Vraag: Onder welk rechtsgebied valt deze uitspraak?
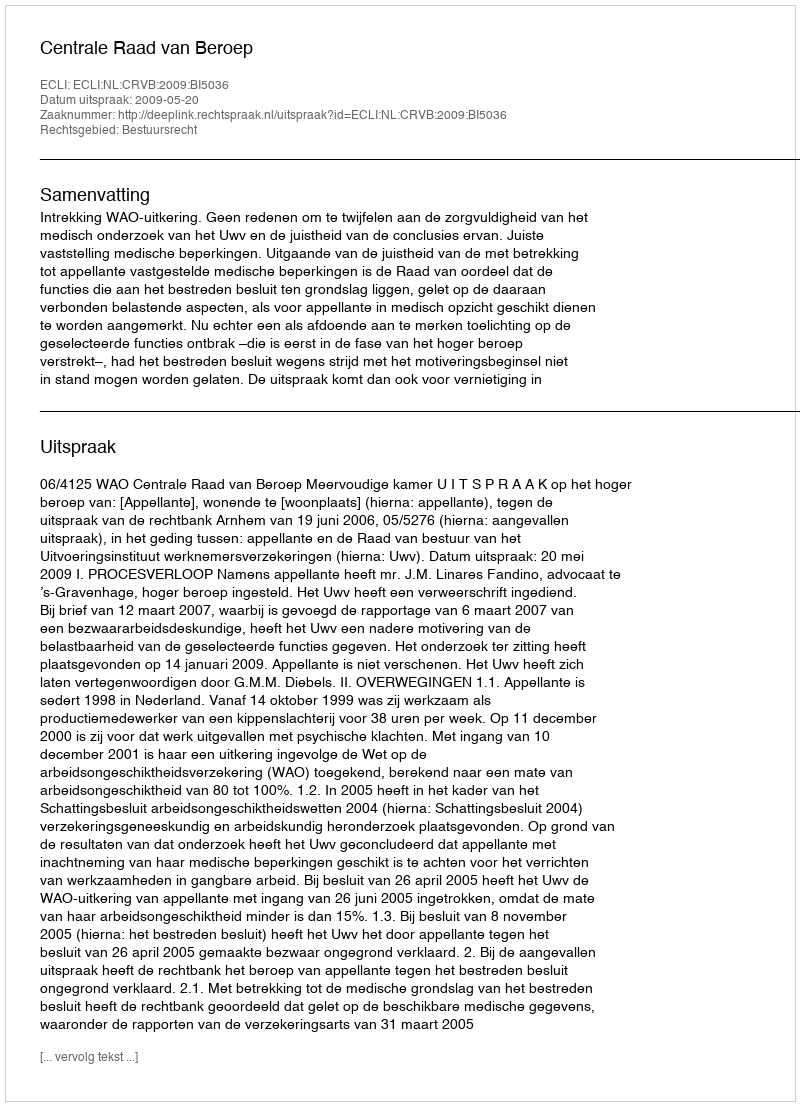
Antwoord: Bestuursrecht